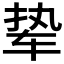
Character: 𫐋